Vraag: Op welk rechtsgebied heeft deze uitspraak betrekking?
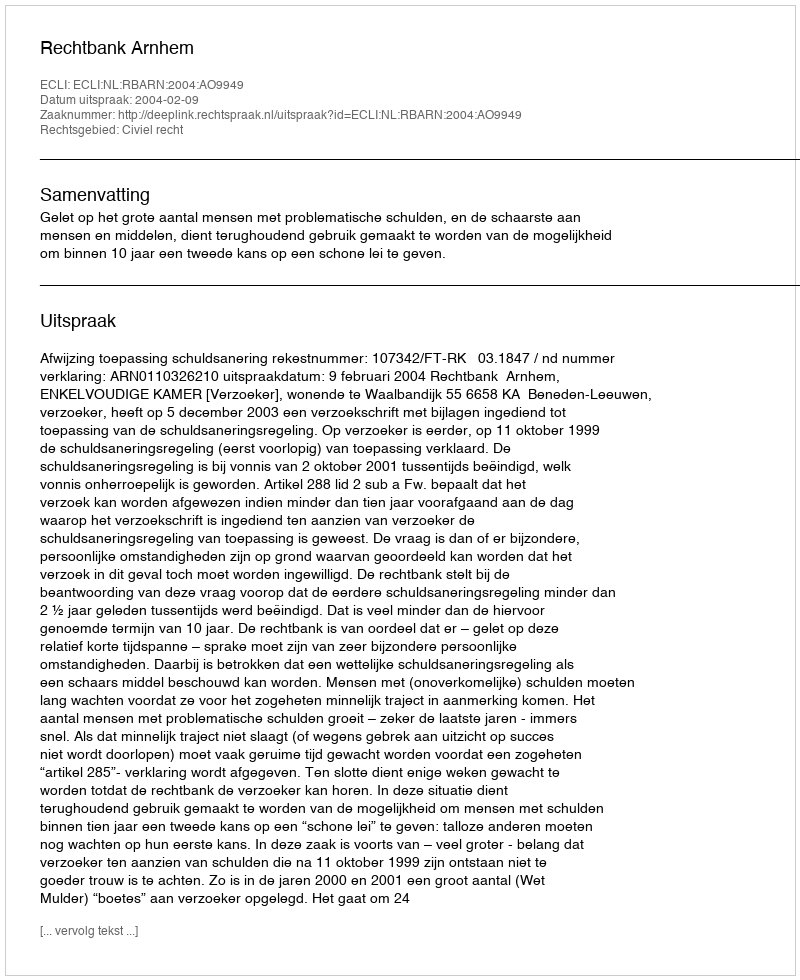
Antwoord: Civiel recht